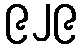
၉၂၉